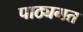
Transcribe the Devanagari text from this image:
पाठ्यगत